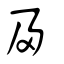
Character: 夃